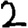
Digit: 2